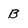
Character: B